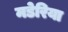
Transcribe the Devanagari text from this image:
मडेरिया